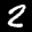
Label: 2